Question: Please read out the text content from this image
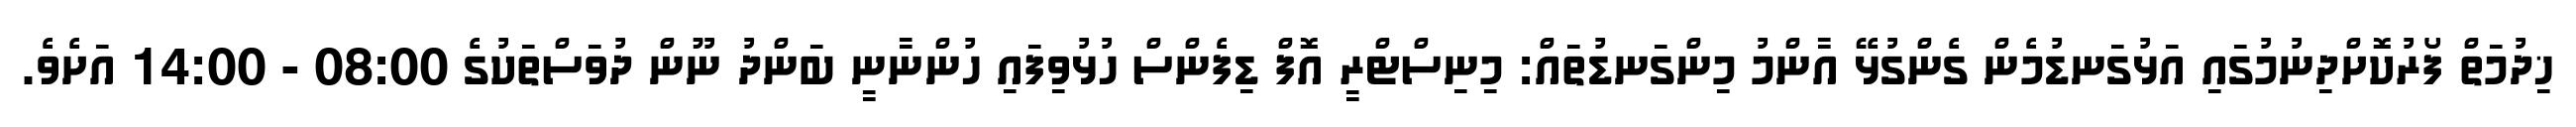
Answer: ޚިދުމަތް ފޯރުކޮށްދިނުމުގައި އަޅުގަނޑުމެން ގެންގުޅޭ އާންމު މިންގަނޑުތައް: މިނިސްޓްރީ އޮފް ޑިފެންސް ހުޅުވިފައި ހުންނާނީ ބަންދު ނޫން ދުވަސްތަކުގެ 08:00 - 14:00 އަށެވެ.